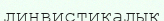
линвистикалық